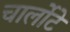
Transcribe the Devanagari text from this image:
चार्लोटे